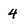
Character: 4